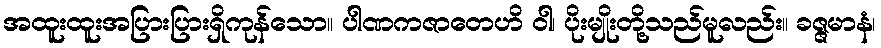
အထူးထူးအပြားပြားရှိကုန်သော။ ပါဏကဇာတေဟိ ဝါ၊ ပိုးမျိုးတို့သည်မူလည်း။ ခဇ္ဇမာနံ၊